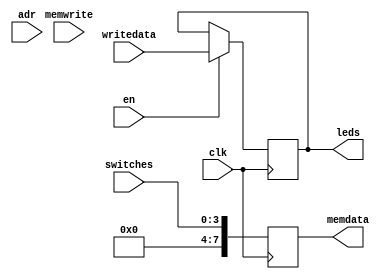
module IO(clk, adr, en, switches, memwrite, writedata, memdata, leds);

	input clk, en, memwrite;
	input [7:0] writedata;
	input [5:0] adr;
	input [3:0] switches;
	
	output reg [7:0] leds;
	output reg[7:0] memdata;
	
	always @(posedge clk)
	begin
		if(en)
		begin
			leds <= writedata;
		end
		memdata <= {4'b0000,switches};
	
	end


endmodule